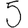
Digit: 5